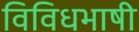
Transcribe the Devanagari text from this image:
विविधभाषी